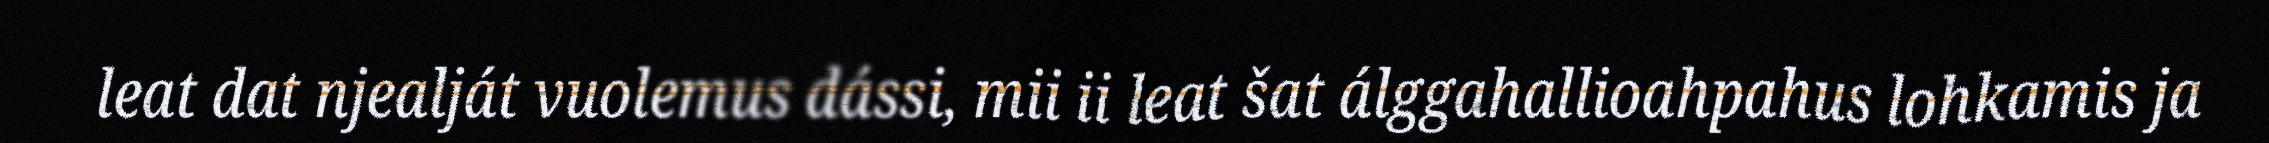
leat dat njealját vuolemus dássi, mii ii leat šat álggahallioahpahus lohkamis ja